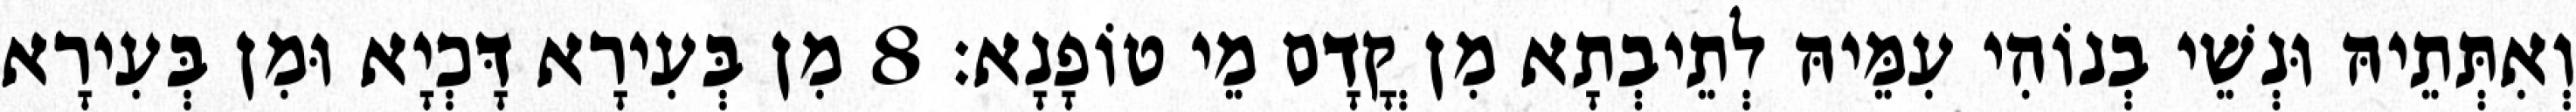
וְאִתְּתֵיהּ וּנְשֵׁי בְנוֹהִי עִמֵּיהּ לְתֵיבְתָא מִן קֳדָם מֵי טוֹפָנָא׃ 8 מִן בְּעִירָא דָּכְיָא וּמִן בְּעִירָא